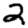
Digit: 2